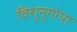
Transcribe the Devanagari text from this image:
विशुनुगोपा